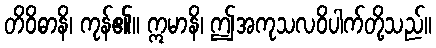
တိဝိဓာနိ၊ ကုန်၏။ ဣမာနိ၊ ဤအကုသလဝိပါက်တို့သည်။